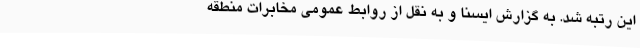
این رتبه شد. به گزارش ایسنا و به نقل از روابط عمومی مخابرات منطقه